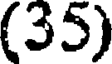
(35)